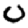
Digit: 0